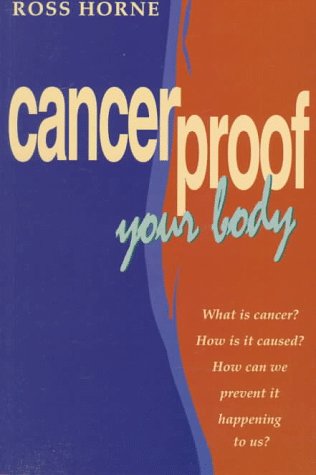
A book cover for Cancerproof Your Body; Ross Horne; Health, Fitness & Dieting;